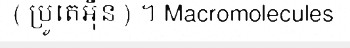
( ប្រូតេអ៊ីន ) ។ Macromolecules